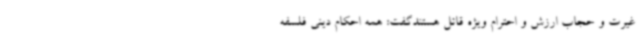
غیرت و حجاب ارزش و احترام ویژه قائل هستندگفت: همه احکام دینی فلسفه